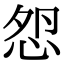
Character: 𢘵